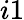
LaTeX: i1